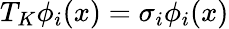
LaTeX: T_{K}\phi_{i}(x)=\sigma_{i}\phi_{i}(x)